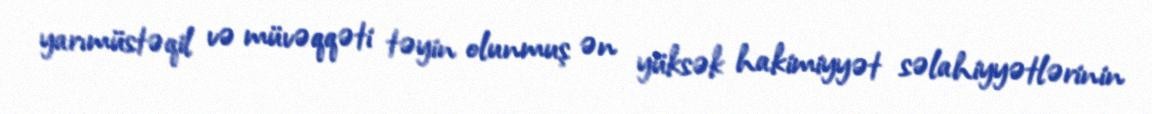
yarımüstəqil və müvəqqəti təyin olunmuş ən yüksək hakimiyyət səlahiyyətlərinin